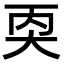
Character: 𪥇